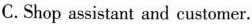
C.Shop assistant and customer.